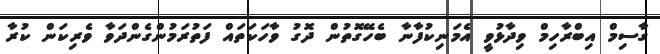
ގާސިމް އިބްރާހިމް ވިދާޅުވީ އެމަނިކުފާނާ ބެހޭގޮތުން ދޮގު ވާހަކަތައް ފަތުރަމުންގެންދަވާ ވެރިކަން ކުރާ